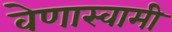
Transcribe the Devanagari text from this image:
वेणास्वामी